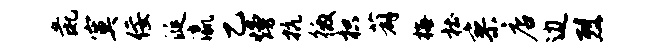
彘寞佞涎瀛乙熳抗徼枳薜梅杜寥店边烈